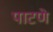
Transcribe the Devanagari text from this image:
पाटणे